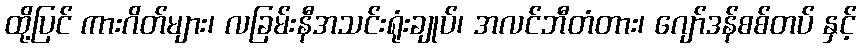
ထို့ပြင် ကားဂိတ်များ၊ လခြမ်းနီအသင်းရုံးချုပ်၊ အလင်ဘီတံတား၊ ဂျော်ဒန်စစ်တပ် နှင့်